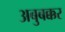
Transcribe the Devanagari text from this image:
अबुबक्कर